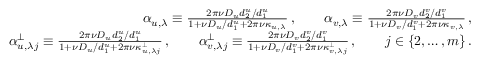
\begin{array} { r l r } & { } & { \alpha _ { u , \lambda } \equiv \frac { 2 \pi \nu D _ { u } { d _ { 2 } ^ { u } / d _ { 1 } ^ { u } } } { 1 + { \nu D _ { u } / d _ { 1 } ^ { u } } + 2 \pi \nu \kappa _ { u , \lambda } } \, , \qquad \alpha _ { v , \lambda } \equiv \frac { 2 \pi \nu D _ { v } { d _ { 2 } ^ { v } / d _ { 1 } ^ { v } } } { 1 + { \nu D _ { v } / d _ { 1 } ^ { v } } + 2 \pi \nu \kappa _ { v , \lambda } } \, , } \\ & { } & { \alpha _ { u , \lambda j } ^ { \perp } \equiv \frac { 2 \pi \nu D _ { u } { d _ { 2 } ^ { u } / d _ { 1 } ^ { u } } } { 1 + { \nu D _ { u } / d _ { 1 } ^ { u } } + 2 \pi \nu \kappa _ { u , \lambda j } ^ { \perp } } \, , \qquad \alpha _ { v , \lambda j } ^ { \perp } \equiv \frac { 2 \pi \nu D _ { v } { d _ { 2 } ^ { v } / d _ { 1 } ^ { v } } } { 1 + { \nu D _ { v } / d _ { 1 } ^ { v } } + 2 \pi \nu \kappa _ { v , \lambda j } ^ { \perp } } \, , \qquad j \in \lbrace { 2 , \ldots , m \rbrace } \, . } \end{array}